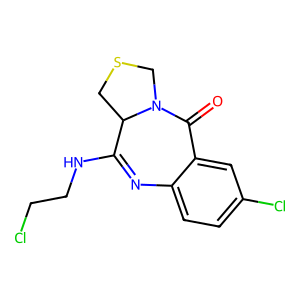
SMILES: O=C1c2cc(Cl)ccc2N=C(NCCCl)C2CSCN12
Inhibits HIV replication: No